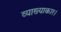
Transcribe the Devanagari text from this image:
व्याख्याकार।